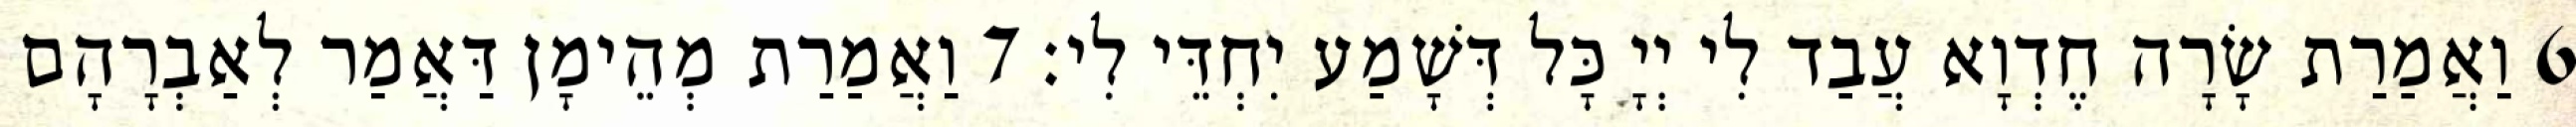
6 וַאֲמַרַת שָׂרָה חֶדְוָא עֲבַד לִי יְיָ כָּל דְּשָׁמַע יִחְדֵּי לִי׃ 7 וַאֲמַרַת מְהֵימָן דַּאֲמַר לְאַבְרָהָם